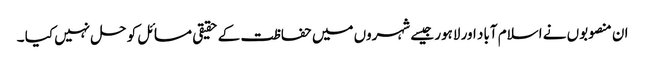
ان منصوبوں نے اسلام آباد اور لاہور جیسے شہروں میں حفاظت کے حقیقی مسائل کو حل نہیں کیا ۔